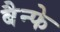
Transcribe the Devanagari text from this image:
बैन्फे